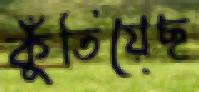
কুঁতিয়েছ